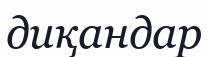
диқандар